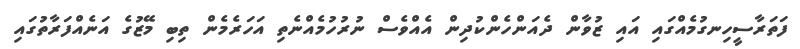
ފަތަރާސީހިނގުމެއްގައި އައި ޒުވާން ދެއަންހެންކުދިން އެއްވެސް ނުރުހުމެއްނެތި އަހަރެމެން ތިބި މޭޒުގެ އަނެއްފަރާތުގައި